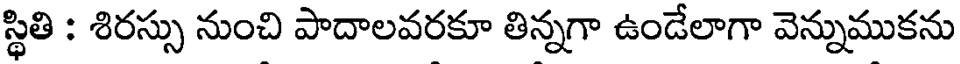
స్థితి : శిరస్సు నుంచి పాదాలవరకూ తిన్నగా ఉండేలాగా వెన్నుముకను